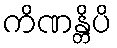
ကိဏန္တိပိ